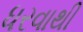
ધરવાથી